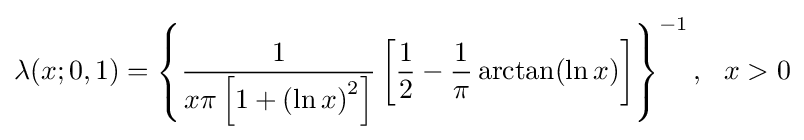
\lambda (x;0,1)=\left\{{\frac {1}{x\pi \left[1+\left(\ln x\right)^{2}\right]}}\left[{\frac {1}{2}}-{\frac {1}{\pi }}\arctan(\ln x)\right]\right\}^{-1},\ \ x>0